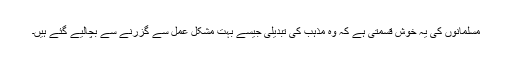
مسلمانوں کی یہ خوش قسمتی ہے کہ وہ مذہب کی تبدیلی جیسے بہت مشکل عمل سے گزرنے سے بچالیے گئے ہیں۔